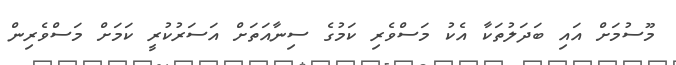
މޫސުމަށް އައި ބަދަލުތަކާ އެކު މަސްވެރި ކަމުގެ ސިނާއަތަށް އަސަރުކުރީ ކަމަށް މަސްވެރިން